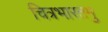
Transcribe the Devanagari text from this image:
चित्रभारतमु